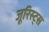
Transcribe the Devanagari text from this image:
जूरिस्ट्स